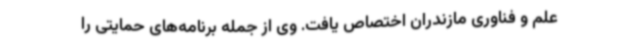
علم و فناوری مازندران اختصاص یافت. وی از جمله برنامه‌های حمایتی را